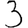
Digit: 3